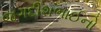
જગદીશભાઈનો